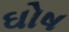
ઘોષ